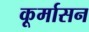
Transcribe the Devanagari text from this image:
कूर्मासन